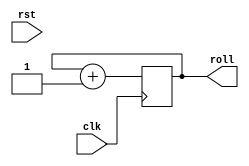
`timescale 1ns / 1ps
//////////////////////////////////////////////////////////////////////////////////
// Company: 
// Engineer: 
// 
// Design Name: 
// Module Name: timer
// Project Name: 
// Target Devices: 
// Tool Versions: 
// Description: 
// 
// Dependencies: 
// 
// Revision:
// Revision 0.01 - File Created
// Additional Comments:
// 
//////////////////////////////////////////////////////////////////////////////////


module timer(clk,rst,roll);
input clk,rst;
output roll;

reg roll;

always@(posedge clk)begin
    
    roll <=roll+1;
    
end    
endmodule